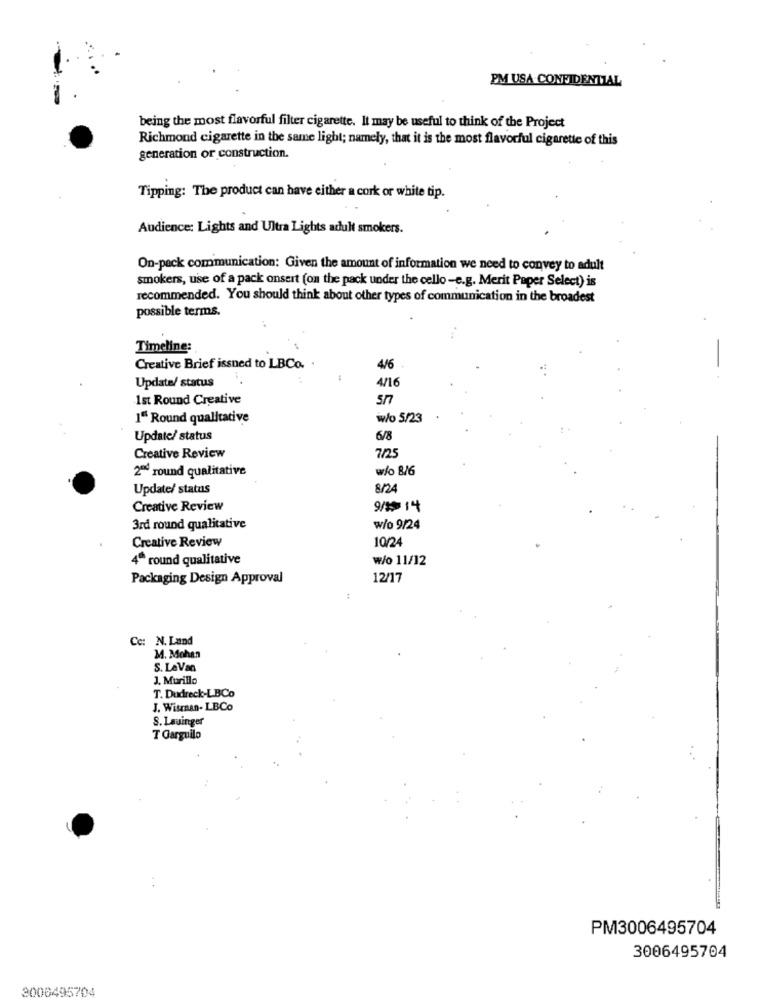
PM USA CONFIDENTIAL
being the most flavorful filter cigarette. It may be useful to think of the Project
Richmond cigarette in the same light; namely, that it is the most flavorful cigarette of this
generation or construction.
Tipping: The product can have either a cork or white tip.
Audience: Lights and Ultra Lights adult smokers.
On-pack communication: Given the amount of information we need to convey to adult
smokers, use of a pack onsert (on the pack under the cello -e.g. Merit Paper Select) is
recommended. You should think about other types of communication in the broadest
possible terms.
Timeline:
Creative Brief issned to LBCo. .
4/6
4/16
Update/ status
1st Round Creative
SS
I" Round qualitative
w/o 5/23
Update/ status
6/8
Creative Review
7/25
2ª round qualitative
w/o 8/6
Update/ status
8/24
Creative Review
9/19 14
3rd round qualitative
w/o 9/24
Creative Review
10/24
4ª round qualitative
₩/o 11/12
Packaging Design Approval
12/17
Cc: N. Land
M. Mohan
S. LaVan
J. Murillo
T. Dudreck-LBCo
J. Wisman- LBCo
S. Lauinger
T Garguilo
PM3006495704
3006495704
3006495704